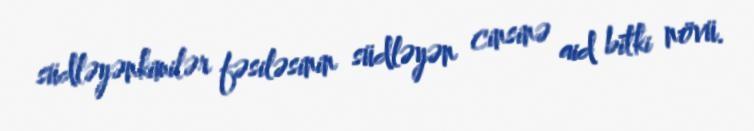
südləyənkimilər fəsiləsinin südləyən cinsinə aid bitki növü.